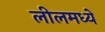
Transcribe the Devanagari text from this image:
लीलमध्ये